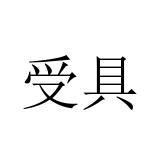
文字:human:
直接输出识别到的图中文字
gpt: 受具